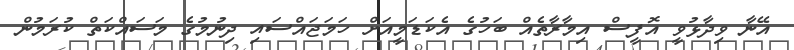
އޭނާ ވިދާޅުވީ އޮފީސް އިމާރާތެއް ބަހުގެ އެކަޑަމީއަށް ހަމަޖައްސައި ދިނުމުގެ މަސައްކަތް ކުރަމުން